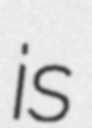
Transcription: is